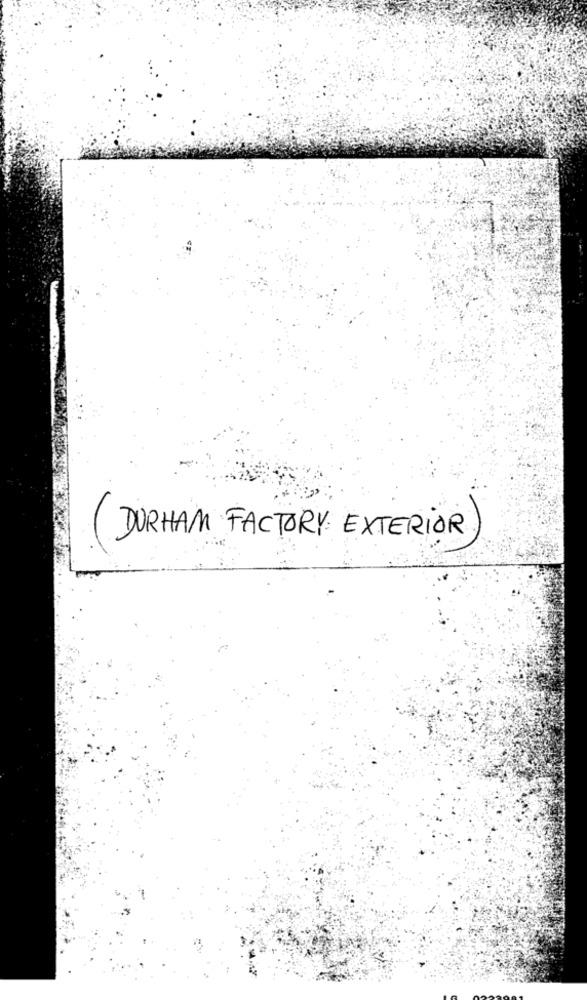
(DURHAM FACTORY EXTERIOR